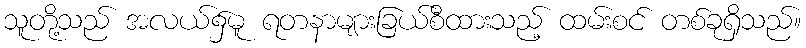
သူတို့သည် အလယ်၌မူ ရတနာများခြယ်စီထားသည့် ထမ်းစင် တစ်ခုရှိသည်။